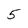
Character: 5